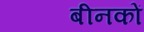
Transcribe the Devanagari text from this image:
बीनकों